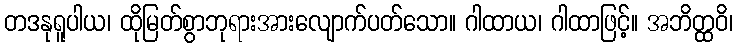
တဒနုရူပါယ၊ ထိုမြတ်စွာဘုရားအားလျောက်ပတ်သော။ ဂါထာယ၊ ဂါထာဖြင့်။ အဘိတ္ထဝိ၊